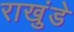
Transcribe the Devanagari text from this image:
राखुंडे